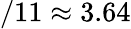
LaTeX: /11\approx 3.64